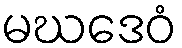
မဃဒေဝံ